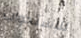
للإستجواب